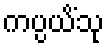
ကပ္ပယိံသု